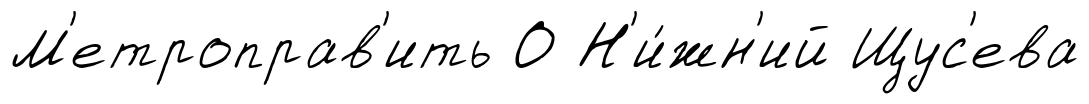
М'етроправ'ить О Н'и́жн'ий Щус'ева